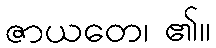
ဇာယတေ၊ ၏။